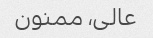
عالی، ممنون